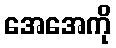
အေအေကို